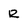
Character: R